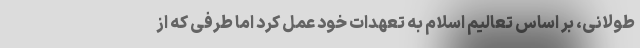
طولانی، بر اساس تعالیم اسلام به تعهدات خود عمل کرد اما طرفی که از